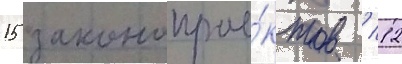
15 законопрое́ктов / 12